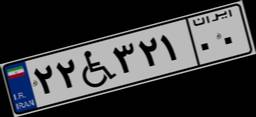
۲۲W۳۲۱۰۰